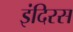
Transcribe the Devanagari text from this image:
इंदिरस